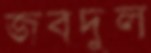
জবদুল